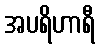
အပရိဟာရီ